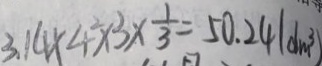
3 . 1 4 \times 4 \times 3 \times \frac { 1 } { 3 } = 5 0 . 2 4 ( d m ^ { 3 } )